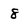
Character: 8